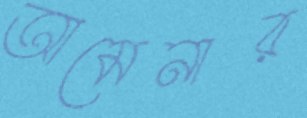
আমেনার